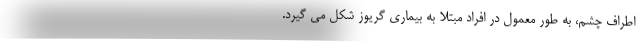
اطراف چشم، به طور معمول در افراد مبتلا به بیماری گریوز شکل می گیرد.